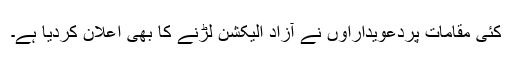
کئی مقامات پردعویداراوں نے آزاد الیکشن لڑنے کا بھی اعلان کردیا ہے۔